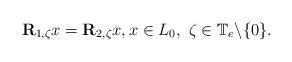
LaTeX: \begin{align*}\mathbf R_{1,\zeta} x = \mathbf R_{2,\zeta} x,x\in L_0,\ \zeta\in\mathbb{T}_e\backslash\{ 0 \}.\end{align*}